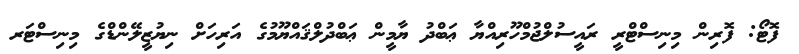
ފޮޓޯ: ފޮރިން މިނިސްޓްރީ ރައީސުލްޖުމްހޫރިއްޔާ ޢަބްދު ޔާމީން ޢަބްދުލްޤައްޔޫމުގެ އަރިހަށް ނިޔުޒީލޭންޑްގެ މިނިސްޓަރ